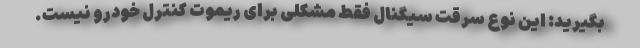
بگیرید: این نوع سرقت سیگنال فقط مشکلی برای ریموت کنترل خودرو نیست.